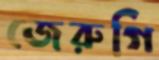
জেরুগি